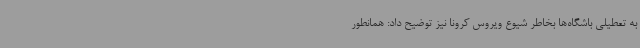
به تعطیلی باشگاه‌ها بخاطر شیوع ویروس کرونا نیز توضیح داد: همانطور